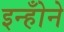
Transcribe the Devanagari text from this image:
इन्होँने